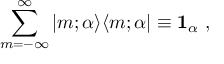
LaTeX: \sum _ { m = - \infty } ^ { \infty } \vert m ; \alpha \rangle \langle m ; \alpha \vert \equiv { \bf 1 } _ { \alpha } \ ,